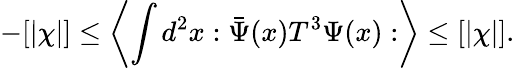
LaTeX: -[\vert\chi\vert]\leq\left\langle\int d^{2}x:\bar{\Psi}(x)T^{3}\Psi(x):\right\rangle\leq[\vert\chi\vert].